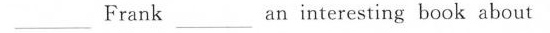
___ Frank ___ an interesting book about